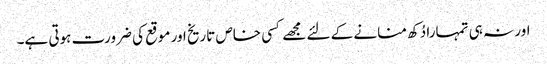
اور نہ ہی تمہارا دُکھ منانے کے لئے مجھے کسی خاص تاریخ اور موقع کی ضرورت ہوتی ہے۔